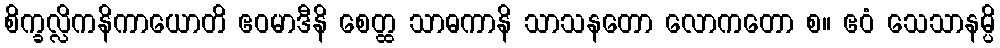
စိက္ခလ္လိကနိကာယောတိ ဧဝမာဒီနိ စေတ္ထ သာဓကာနိ သာသနတော လောကတော စ။ ဧဝံ သေသာနမ္ပိ